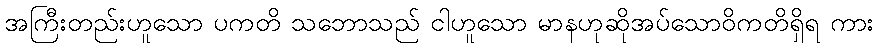
အကြီးတည်းဟူသော ပကတိ သဘောသည် ငါဟူသော မာနဟုဆိုအပ်သောဝိကတိရှိရ ကား